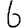
Digit: 6